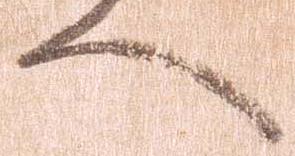
へ